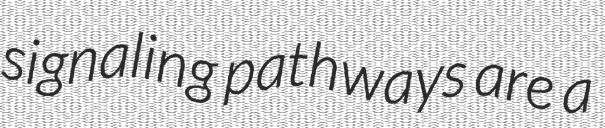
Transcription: signaling pathways are a